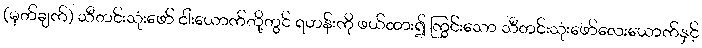
(မှတ်ချက်) သီတင်းသုံးဖော် ငါးယောက်တို့တွင် ရဟန်းကို ဖယ်ထား၍ ကြွင်းသော သီတင်းသုံးဖော်လေးယောက်နှင့်